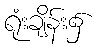
ရုံးချိန်း၌